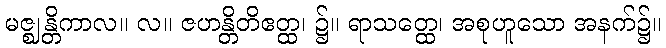
မဇ္ဈန္တိကာလ။ လ။ ဇဟန္တိတိဧတ္ထ၊ ၌။ ရာသတ္ထေ၊ အစုဟူသော အနက်၌။